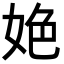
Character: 𡜆